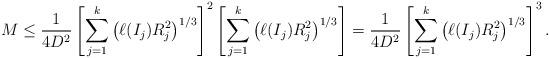
LaTeX: \begin{align*}M\le\frac{1}{4D^2}\left[\sum_{j=1}^k\left(\ell(I_j)R_j^2\right)^{1/3}\right]^{2}\left[\sum_{j=1}^k\left(\ell(I_j)R_j^2\right)^{1/3}\right]=\frac{1}{4D^2}\left[\sum_{j=1}^k\left(\ell(I_j)R_j^2\right)^{1/3}\right]^3.\end{align*}